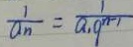
\frac { 1 } { a _ { n } } = \frac { 1 } { a _ { 1 } q ^ { n - 1 } }